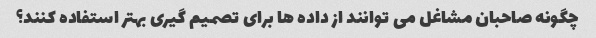
چگونه صاحبان مشاغل می توانند از داده ها برای تصمیم گیری بهتر استفاده کنند؟